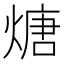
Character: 煻